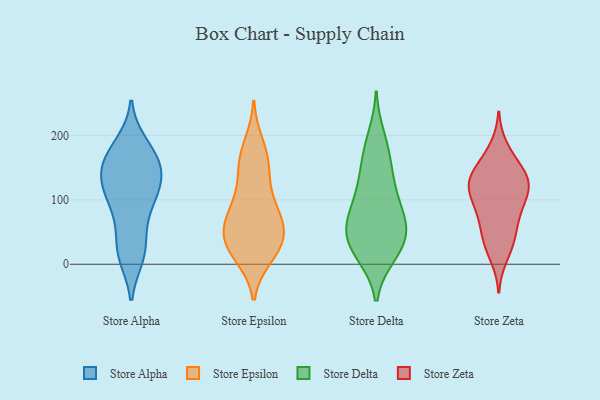
{"axis": {"x": "Latency (ms)", "y": "Value"}, "legend": ["Store Alpha", "Store Delta", "Store Epsilon", "Store Zeta"], "data": [{"x": "", "y": 30, "type": "Store Alpha"}, {"x": "", "y": 91, "type": "Store Alpha"}, {"x": "", "y": 158, "type": "Store Alpha"}, {"x": "", "y": 123, "type": "Store Alpha"}, {"x": "", "y": 115, "type": "Store Alpha"}, {"x": "", "y": 187, "type": "Store Alpha"}, {"x": "", "y": 159, "type": "Store Alpha"}, {"x": "", "y": 135, "type": "Store Alpha"}, {"x": "", "y": 144, "type": "Store Alpha"}, {"x": "", "y": 97, "type": "Store Alpha"}, {"x": "", "y": 56, "type": "Store Alpha"}, {"x": "", "y": 12, "type": "Store Alpha"}, {"x": "", "y": 178, "type": "Store Alpha"}, {"x": "", "y": 119, "type": "Store Alpha"}, {"x": "", "y": 154, "type": "Store Alpha"}, {"x": "", "y": 137, "type": "Store Alpha"}, {"x": "", "y": 12, "type": "Store Alpha"}, {"x": "", "y": 180, "type": "Store Alpha"}, {"x": "", "y": 84, "type": "Store Alpha"}, {"x": "", "y": 17, "type": "Store Alpha"}, {"x": "", "y": 41, "type": "Store Epsilon"}, {"x": "", "y": 12, "type": "Store Epsilon"}, {"x": "", "y": 130, "type": "Store Epsilon"}, {"x": "", "y": 85, "type": "Store Epsilon"}, {"x": "", "y": 17, "type": "Store Epsilon"}, {"x": "", "y": 30, "type": "Store Epsilon"}, {"x": "", "y": 64, "type": "Store Epsilon"}, {"x": "", "y": 148, "type": "Store Epsilon"}, {"x": "", "y": 66, "type": "Store Epsilon"}, {"x": "", "y": 39, "type": "Store Epsilon"}, {"x": "", "y": 43, "type": "Store Epsilon"}, {"x": "", "y": 187, "type": "Store Epsilon"}, {"x": "", "y": 159, "type": "Store Epsilon"}, {"x": "", "y": 171, "type": "Store Epsilon"}, {"x": "", "y": 79, "type": "Store Epsilon"}, {"x": "", "y": 105, "type": "Store Epsilon"}, {"x": "", "y": 19, "type": "Store Epsilon"}, {"x": "", "y": 69, "type": "Store Epsilon"}, {"x": "", "y": 114, "type": "Store Delta"}, {"x": "", "y": 58, "type": "Store Delta"}, {"x": "", "y": 199, "type": "Store Delta"}, {"x": "", "y": 125, "type": "Store Delta"}, {"x": "", "y": 50, "type": "Store Delta"}, {"x": "", "y": 88, "type": "Store Delta"}, {"x": "", "y": 29, "type": "Store Delta"}, {"x": "", "y": 65, "type": "Store Delta"}, {"x": "", "y": 66, "type": "Store Delta"}, {"x": "", "y": 162, "type": "Store Delta"}, {"x": "", "y": 144, "type": "Store Delta"}, {"x": "", "y": 13, "type": "Store Delta"}, {"x": "", "y": 56, "type": "Store Delta"}, {"x": "", "y": 181, "type": "Store Delta"}, {"x": "", "y": 16, "type": "Store Delta"}, {"x": "", "y": 44, "type": "Store Delta"}, {"x": "", "y": 98, "type": "Store Delta"}, {"x": "", "y": 14, "type": "Store Delta"}, {"x": "", "y": 32, "type": "Store Zeta"}, {"x": "", "y": 139, "type": "Store Zeta"}, {"x": "", "y": 108, "type": "Store Zeta"}, {"x": "", "y": 118, "type": "Store Zeta"}, {"x": "", "y": 91, "type": "Store Zeta"}, {"x": "", "y": 181, "type": "Store Zeta"}, {"x": "", "y": 135, "type": "Store Zeta"}, {"x": "", "y": 63, "type": "Store Zeta"}, {"x": "", "y": 111, "type": "Store Zeta"}, {"x": "", "y": 150, "type": "Store Zeta"}, {"x": "", "y": 165, "type": "Store Zeta"}, {"x": "", "y": 82, "type": "Store Zeta"}, {"x": "", "y": 127, "type": "Store Zeta"}, {"x": "", "y": 78, "type": "Store Zeta"}, {"x": "", "y": 125, "type": "Store Zeta"}, {"x": "", "y": 34, "type": "Store Zeta"}, {"x": "", "y": 12, "type": "Store Zeta"}, {"x": "", "y": 129, "type": "Store Zeta"}, {"x": "", "y": 46, "type": "Store Zeta"}]}